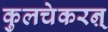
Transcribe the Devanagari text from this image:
कुलचेकरऩ्